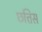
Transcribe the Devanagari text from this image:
छत्तिस